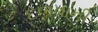
દળવાની